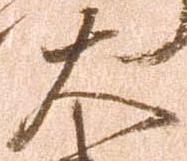
大